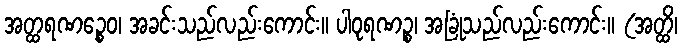
အတ္ထရဏဉ္စေဝ၊ အခင်းသည်လည်းကောင်း။ ပါဝုရဏဉ္စ၊ အခြုံသည်လည်းကောင်း။ (အတ္ထိ၊